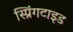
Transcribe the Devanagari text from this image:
स्प्रिंगटाइड